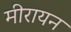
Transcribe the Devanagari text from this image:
मीरायन